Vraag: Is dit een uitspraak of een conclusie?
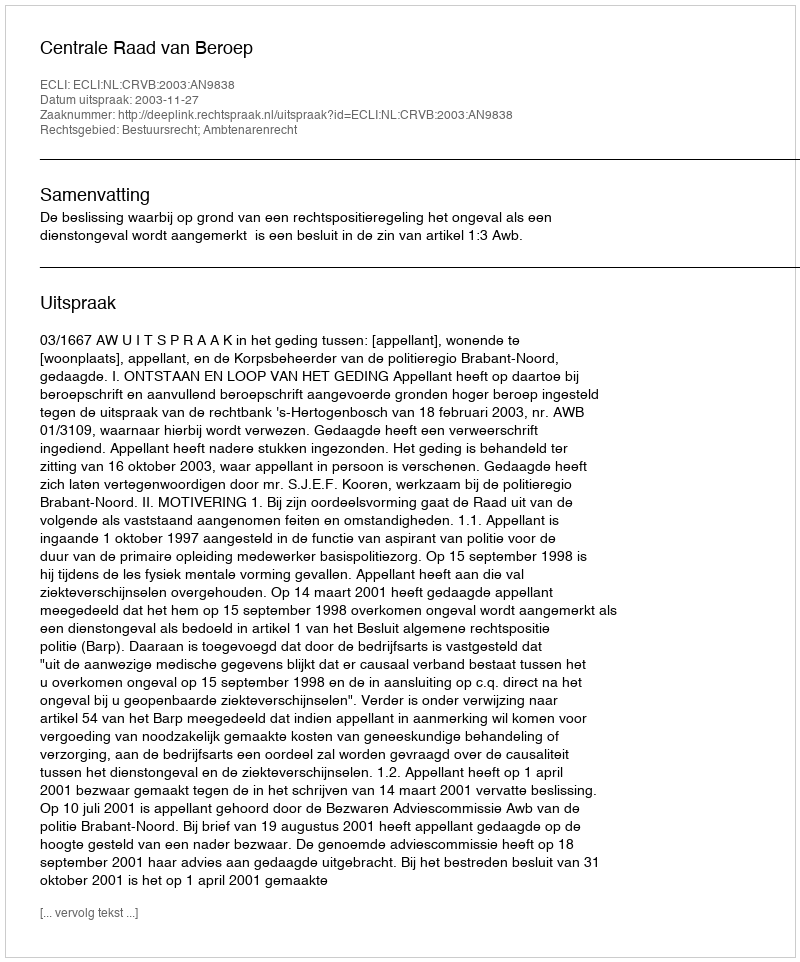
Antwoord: Uitspraak